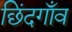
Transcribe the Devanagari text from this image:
छिंदगाँव